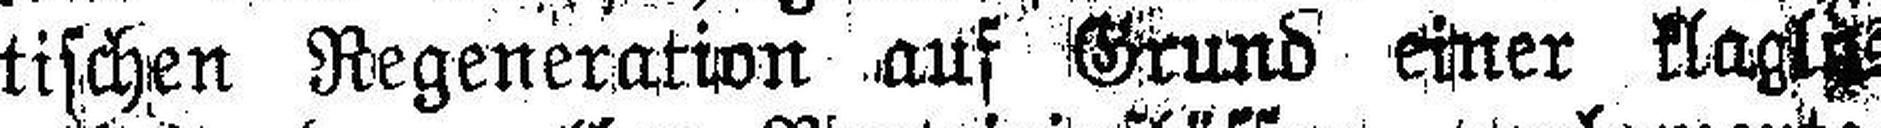
tischen Regeneration auf Grund einer klagles